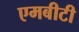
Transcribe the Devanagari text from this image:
एमबीटी